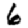
Digit: 6